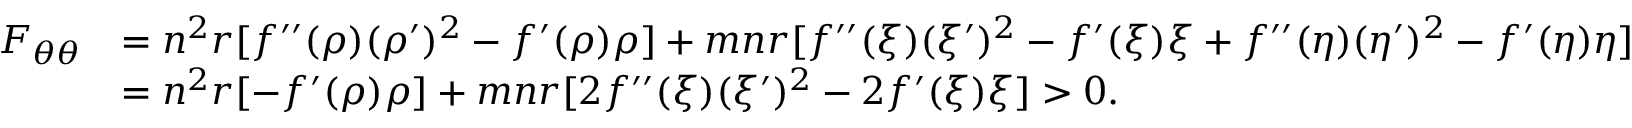
\begin{array} { r l } { F _ { \theta \theta } } & { = n ^ { 2 } r [ f ^ { \prime \prime } ( \rho ) ( \rho ^ { \prime } ) ^ { 2 } - f ^ { \prime } ( \rho ) \rho ] + m n r [ f ^ { \prime \prime } ( \xi ) ( \xi ^ { \prime } ) ^ { 2 } - f ^ { \prime } ( \xi ) \xi + f ^ { \prime \prime } ( \eta ) ( \eta ^ { \prime } ) ^ { 2 } - f ^ { \prime } ( \eta ) \eta ] } \\ & { = n ^ { 2 } r [ - f ^ { \prime } ( \rho ) \rho ] + m n r [ 2 f ^ { \prime \prime } ( \xi ) ( \xi ^ { \prime } ) ^ { 2 } - 2 f ^ { \prime } ( \xi ) \xi ] > 0 . } \end{array}